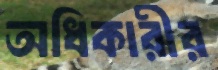
অধিকারীর